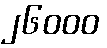
၂၆၀၀၀